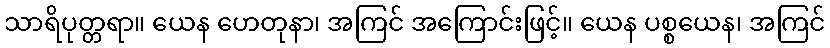
သာရိပုတ္တရာ။ ယေန ဟေတုနာ၊ အကြင် အကြောင်းဖြင့်။ ယေန ပစ္စယေန၊ အကြင်